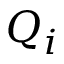
Q _ { i }